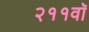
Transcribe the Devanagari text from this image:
२११वॉ